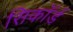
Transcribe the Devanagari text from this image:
सिकॉर्ड